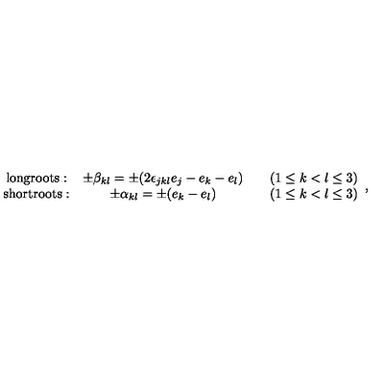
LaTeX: \begin{array} { c c c c } { \mathrm { l o n g r o o t s : } } & { \pm \beta _ { k l } = \pm ( 2 \epsilon _ { j k l } e _ { j } - e _ { k } - e _ { l } ) } & { } & { ( 1 \leq k < l \leq 3 ) } \\ { \mathrm { s h o r t r o o t s : } } & { \pm \alpha _ { k l } = \pm ( e _ { k } - e _ { l } ) } & { } & { ( 1 \leq k < l \leq 3 ) } \\ \end{array} ,